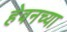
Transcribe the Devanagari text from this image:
हेवनच्या